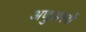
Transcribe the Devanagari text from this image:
अणुअस्त्रों